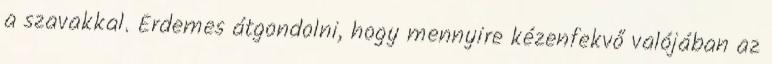
a szavakkal. Érdemes átgondolni, hogy mennyire kézenfekvő valójában az